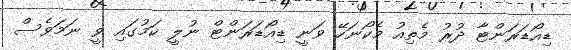
ޑިއޯޑަރަންޓާ ދުރު މެތިއު މެކޯނަހޭ ވަނީ ޑިއޯޑަރަންޓް ނުލީ ކަމުގައި ވީ ނަމަވެސް